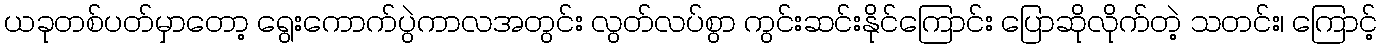
ယခုတစ်ပတ်မှာတော့ ရွေးကောက်ပွဲကာလအတွင်း လွတ်လပ်စွာ ကွင်းဆင်းနိုင်ကြောင်း ပြောဆိုလိုက်တဲ့ သတင်း၊ ကြောင့်